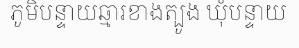
ភូមិបន្ទាយឆ្មារខាងត្បូង ឃុំបន្ទាយ